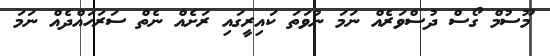
މޫސުމް ގޯސް ދުސްވަރެއް ނަމަ ނުވަތަ ކައިރީގައި ރަށެއް ނެތް ސަރަހައްދެއް ނަމަ